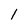
Character: l